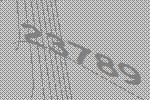
23789